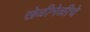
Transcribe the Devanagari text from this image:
खेळीमेळीचे